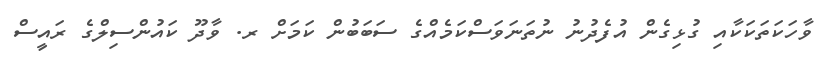
ވާހަކަތަކަކާއި ގުޅިގެން އުފެދުނު ނުތަނަވަސްކަމެއްގެ ސަބަބުން ކަމަށް ރ. ވާދޫ ކައުންސިލްގެ ރައީސް